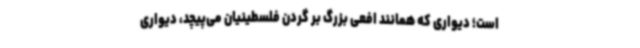
است؛ دیواری که همانند افعی بزرگ بر گردن فلسطینیان می‌پیچد، دیواری